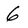
Character: 6